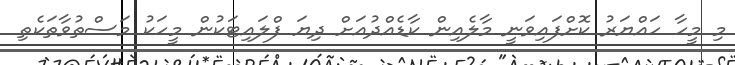
މި މީހާ ހައްޔަރު ކޮށްފައިވަނީ މާލެއިން ކާޑެއްދުއަށް ދިޔަ ފްލައިޓަކުން މީހަކު މަސްތުވާތަކެތި